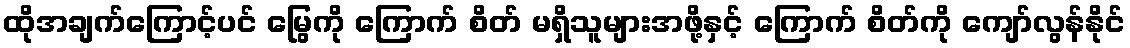
ထိုအချက်ကြောင့်ပင် မြွေကို ကြောက် စိတ် မရှိသူများအဖို့နှင့် ကြောက် စိတ်ကို ကျော်လွန်နိုင်